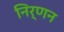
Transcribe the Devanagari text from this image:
निर्णन